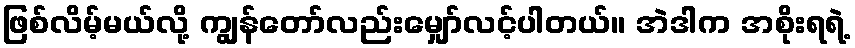
ဖြစ်လိမ့်မယ်လို့ ကျွန်တော်လည်းမျှော်လင့်ပါတယ်။ အဲဒါက အစိုးရရဲ့